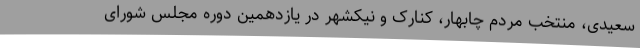
سعیدی، منتخب مردم چابهار، کنارک و نیکشهر در یازدهمین دوره مجلس شورای